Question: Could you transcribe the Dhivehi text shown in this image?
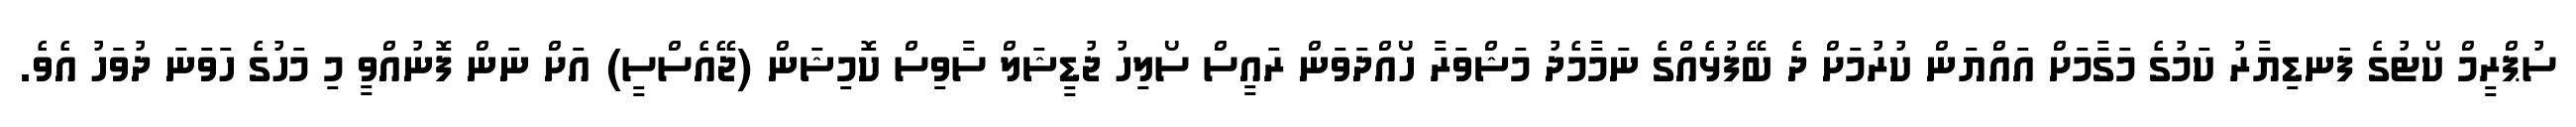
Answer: ސުޕްރީމް ކޯޓުގެ ފަނޑިޔާރު ކަމުގެ މަގާމަށް އައްޔަން ކުރުމަށް ދެ ބޭފުޅެއްގެ ނަމާމެދު މަޝްވަރާ ހޯއްދަވަން ރައީސް ސޯލިހު ޖުޑީޝަލް ސާވިސް ކޮމިޝަން (ޖޭއެސްސީ) އަށް ނަން ފޮނުއްވީ މި މަހުގެ ހަވަނަ ދުވަހު އެވެ.